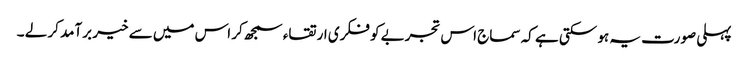
پہلی صورت یہ ہو سکتی ہے کہ سماج اس تجربے کو فکری ارتقاء سمجھ کر اس میں سے خیر برآمد کر لے ۔